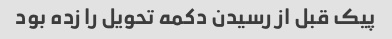
پیک قبل از رسیدن دکمه تحویل را زده بود